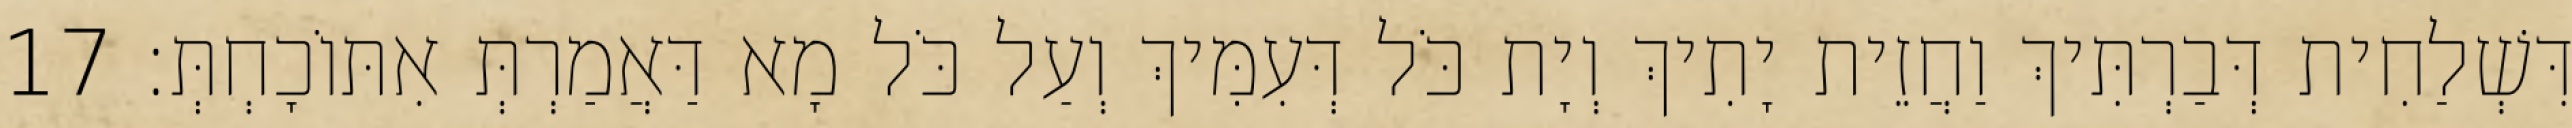
דִּשְׁלַחִית דְּבַרְתִּיךְ וַחֲזֵית יָתִיךְ וְיָת כֹּל דְּעִמִּיךְ וְעַל כֹּל מָא דַּאֲמַרְתְּ אִתּוֹכָחְתְּ׃ 17